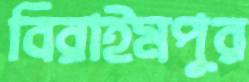
বিরাইমপুর